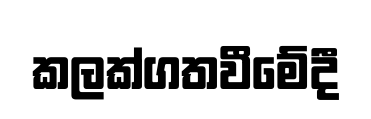
කලක්ගතවීමේදී